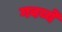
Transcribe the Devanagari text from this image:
गवय्ये